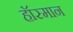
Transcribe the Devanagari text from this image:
हॉस्मान